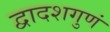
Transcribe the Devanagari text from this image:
द्वादशगुणं